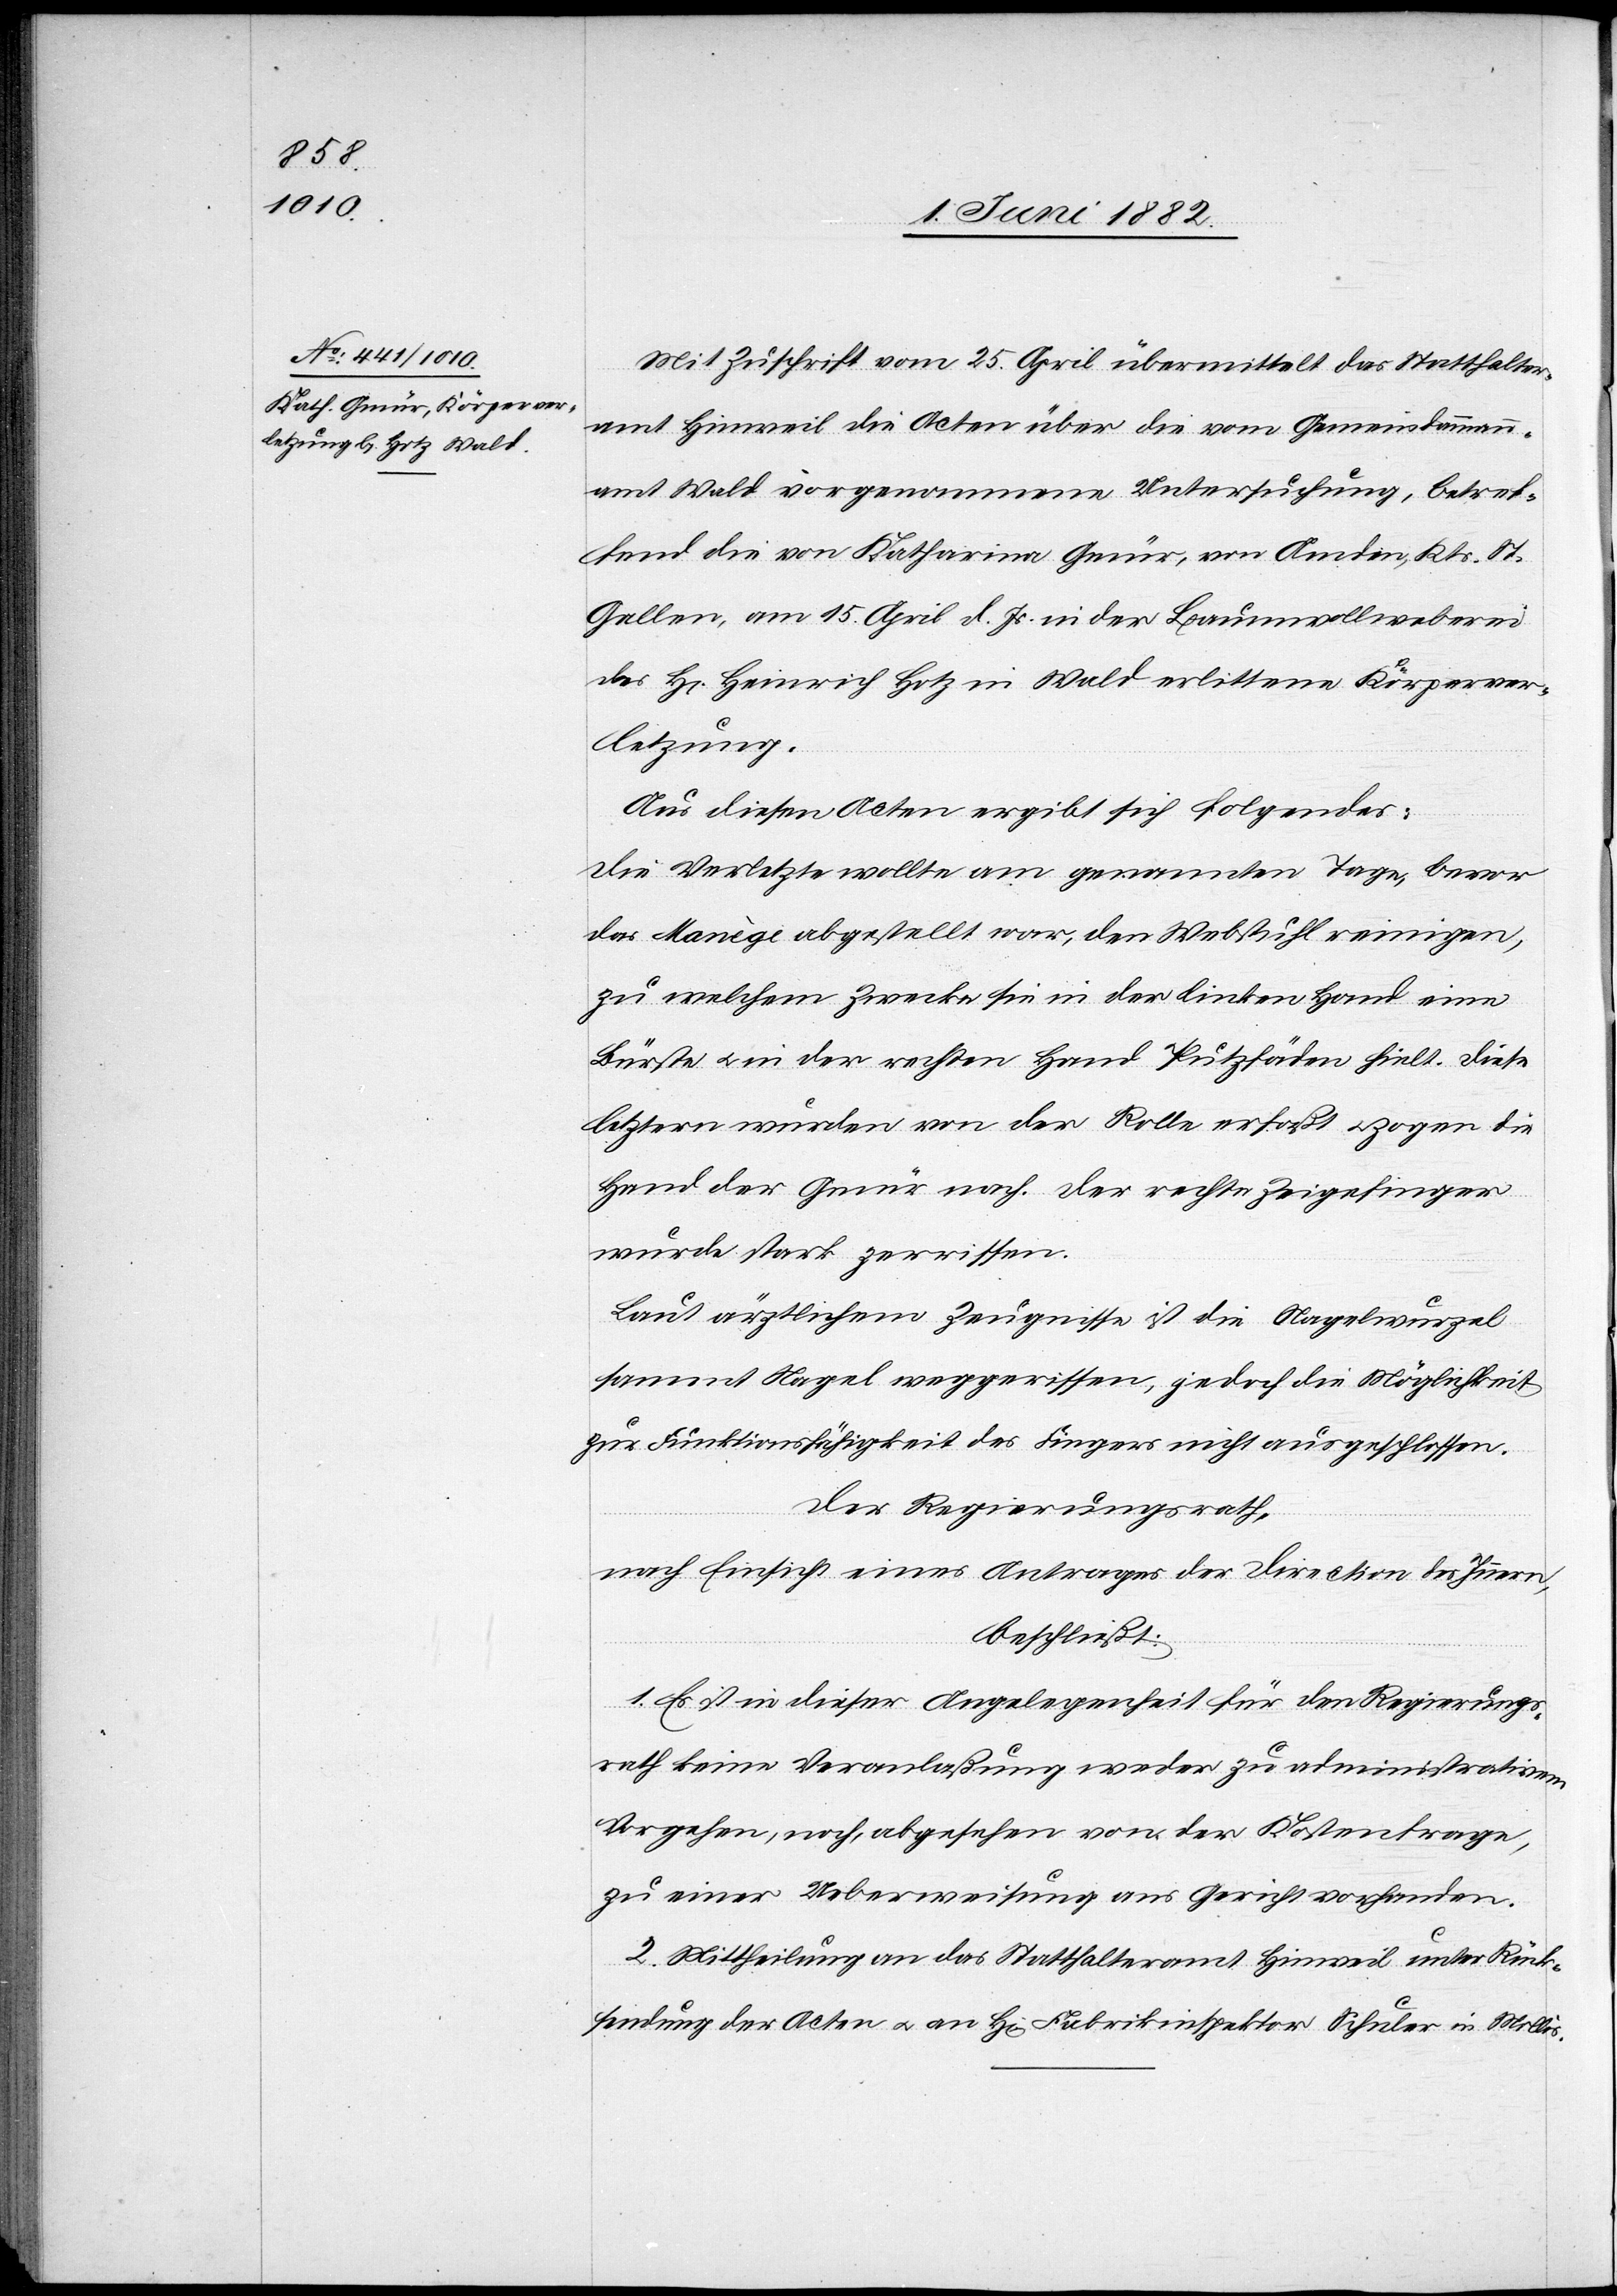
Mit Zuschrift vom 25. April übermittelt das Statthalter¬
amt Hinweil die Acten über die vom Gemeindammann¬
amt Wald vorgenommene Untersuchung, betref¬
fend die von Katharina Gmür, von Amden, Kts. St.
Gallen, am 15. April d. Js. in der Baumwollweberei
Aus diesen Acten ergibt sich Folgendes:
Die Verletzte wollte am genannten Tage, bevor
das Manège abgestellt war, den Webstuhl reinigen,
zu welchem Zwecke sie in der linken Hand eine
Bürste u. in der rechten Hand Putzfäden hielt. Diese
letztern wurden von der Rolle erfaßt u. zogen die
Hand der Gmür nach. Der rechte Zeigefinger
wurde stark zerschnitten.
Laut ärztlichem Zeugnisse ist die Nagelwurzel
sammt Nagel weggerissen, jedoch die Möglichkeit
zur Funktionsfähigkeit des Fingers nicht ausgeschlossen.
Der Regierungsrath,
nach Einsicht eines Antrages der Direction des Innern,
beschließt:
1. Es ist in dieser Angelegenheit für den Regierungs¬
rath keine Veranlaßung weder zu administrativem
Vorgehen, noch, abgesehen von der Kostenfrage,
zu einer Ueberweisung ans Gericht vorhanden.
2. Mittheilung an das Statthalteramt Hinweil unter Rück¬
sendung der Acten u. an H[rn]. Fabrikinspektor Schuler in Mollis.